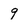
Character: 9